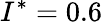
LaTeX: I^{*}=0.6